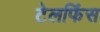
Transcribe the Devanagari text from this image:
टेलफिंस